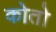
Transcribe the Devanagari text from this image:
कोतो